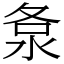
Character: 洜